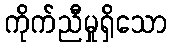
ကိုက်ညီမှုရှိသော